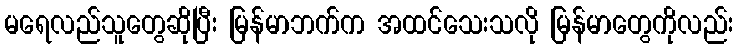
မရေလည်သူတွေဆိုပြီး မြန်မာဘက်က အထင်သေးသလို မြန်မာတွေကိုလည်း